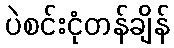
ပဲစင်းငုံတန်ချိန်